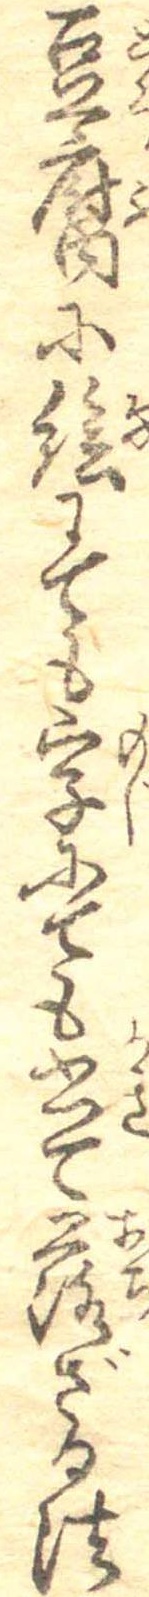
豆腐に絵にても字にても書て落ざる法